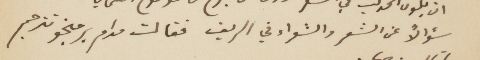
سؤالًأ عن الشعر والشعراء في الريف، فقالت مدام برمنجو تترجم